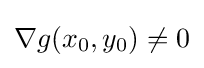
\nabla g(x_{0},y_{0})\neq 0